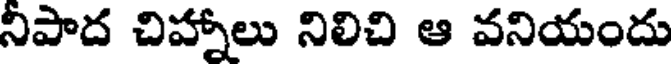
నీపాద చిహ్నాలు నిలిచి ఆ వనియందు